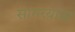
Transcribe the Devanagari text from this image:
सागरयात्रा